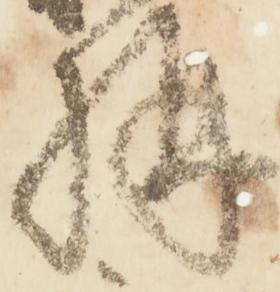
構